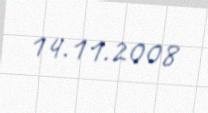
14.11.2008